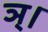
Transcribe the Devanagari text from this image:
ञ्।